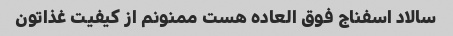
سالاد اسفناج فوق العاده هست ممنونم از کیفیت غذاتون